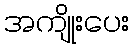
အကျိုးပေး